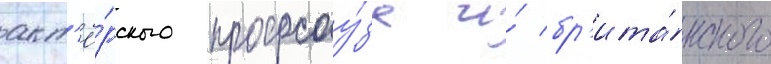
акт'ё́рского профсоу́за и́ бр'ита́нского